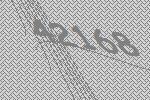
42168